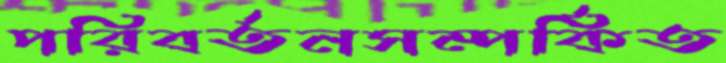
পরিবর্তনসম্পর্কিত